Vaccination North-Western Provinces 1866-1877 - 1866-1877
Year: 1866
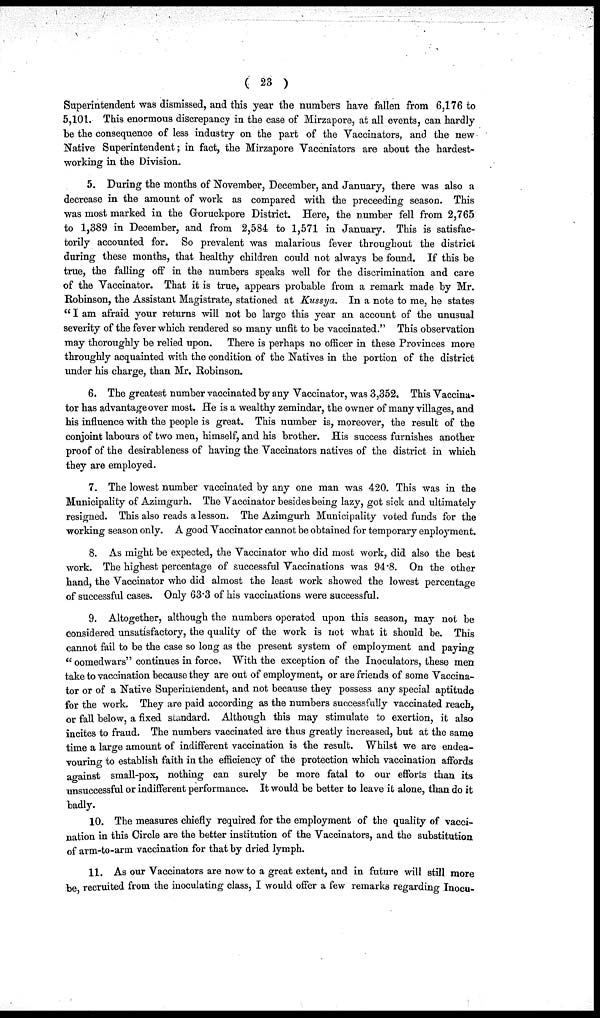
( 23 )
Superintendent was dismissed, and this year the numbers have fallen from 6,176 to
5,101. This enormous discrepancy in the case of Mirzapore, at all events, can hardly
be the consequence of less industry on the part of the Vaccinators, and the new
Native Superintendent; in fact, the Mirzapore Vaccniators are about the hardest-
working in the Division.
5. During the months of November, December, and January, there was also a
decrease in the amount of work as compared with the preceeding season. This
was most marked in the Goruckpore District. Here, the number fell from 2,765
to 1,389 in December, and from 2,584 to 1,571 in January. This is satisfac-
torily accounted for. So prevalent was malarious fever throughout the district
during these months, that healthy children could not always be found. If this be
true, the falling off in the numbers speaks well for the discrimination and care
of the Vaccinator. That it is true, appears probable from a remark made by Mr.
Robinson, the Assistant Magistrate, stationed at Kussya. In a note to me, he states
" I am afraid your returns will not be large this year an account of the unusual
severity of the fever which rendered so many unfit to be vaccinated." This observation
may thoroughly be relied upon. There is perhaps no officer in these Provinces more
throughly acquainted with the condition of the Natives in the portion of the district
under his charge, than Mr. Robinson.
6. The greatest number vaccinated by any Vaccinator, was 3,352. This Vaccina¬
tor has advantage over most. He is a wealthy zemindar, the owner of many villages, and
his influence with the people is great. This number is, moreover, the result of the
conjoint labours of two men, himself, and his brother. His success furnishes another
proof of the desirableness of having the Vaccinators natives of the district in which
they are employed.
7. The lowest number vaccinated by any one man was 420. This was in the
Municipality of Azimgurh. The Vaccinator besides being lazy, got sick and ultimately
resigned. This also reads a lesson. The Azimgurh Municipality voted funds for the
working season only. A good Vaccinator cannot be obtained for temporary enployment.
8. As might be expected, the Vaccinator who did most work, did also the best
work. The highest percentage of successful Vaccinations was 94.8. On the other
hand, the Vaccinator who did almost the least work showed the lowest percentage
of successful cases. Only 63.3 of his vaccinations were successful.
9. Altogether, although the numbers operated upon this season, may not be
considered unsatisfactory, the quality of the work is not what it should be. This
cannot fail to be the case so long as the present system of employment and paying
" oomedwars" continues in force, With the exception of the Inoculators, these men
take to vaccination because they are out of employment, or are friends of some Vaccina-
tor or of a Native Superintendent, and not because they possess any special aptitude
for the work. They are paid according as the numbers successfully vaccinated reach,
or fall below, a fixed standard. Although this may stimulate to exertion, it also
incites to fraud. The numbers vaccinated are thus greatly increased, but at the same
time a large amount of indifferent vaccination is the result. Whilst we are endea-
vouring to establish faith in the efficiency of the protection which vaccination affords
against small-pox, nothing can surely be more fatal to our efforts than its
unsuccessful or indifferent performance. It would be better to leave it alone, than do it
badly.
10. The measures chiefly required for the employment of the quality of vacci-
nation in this Circle are the better institution of the Vaccinators, and the substitution
of arm-to-arm vaccination for that by dried lymph.
11. As our Vaccinators are now to a great extent, and in future will still more
be recruited from the inoculating class, I would offer a few remarks regarding Inocu¬